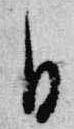
日